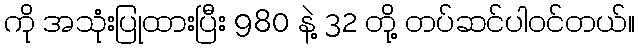
ကို အသုံးပြုထားပြီး 980 နဲ့ 32 တို့ တပ်ဆင်ပါဝင်တယ်။